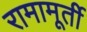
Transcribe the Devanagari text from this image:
रामामूर्ती